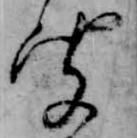
聞